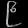
Digit: ၉